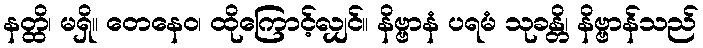
နတ္ထိ၊ မရှိ။ တေနေဝ၊ ထိုကြောင့်လျှင်။ နိဗ္ဗာနံ ပရမံ သုခန္တိ၊ နိဗ္ဗာန်သည်